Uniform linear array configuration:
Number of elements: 48
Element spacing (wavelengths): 0.25
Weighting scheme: cosine
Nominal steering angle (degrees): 60
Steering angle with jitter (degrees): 58.49
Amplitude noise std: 0.05
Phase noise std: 0.05

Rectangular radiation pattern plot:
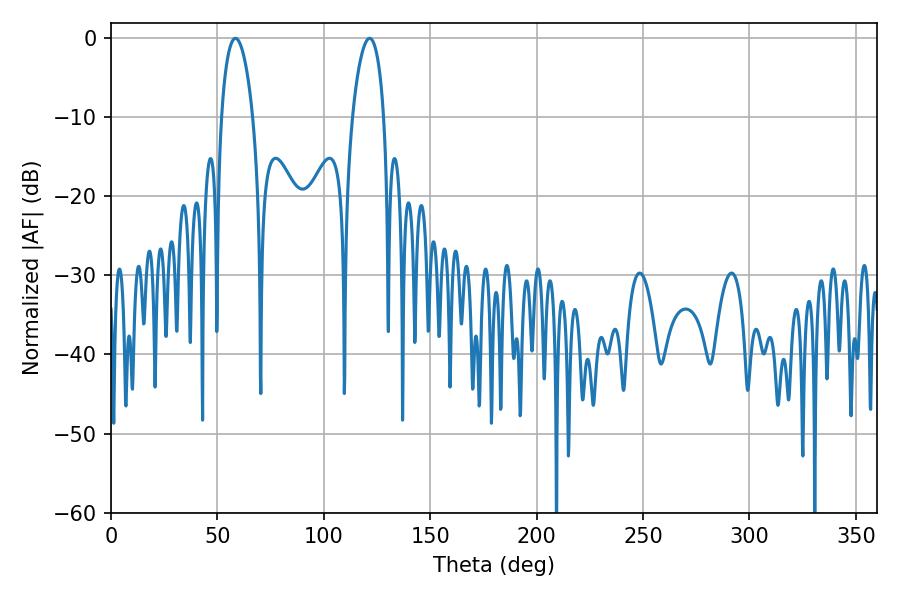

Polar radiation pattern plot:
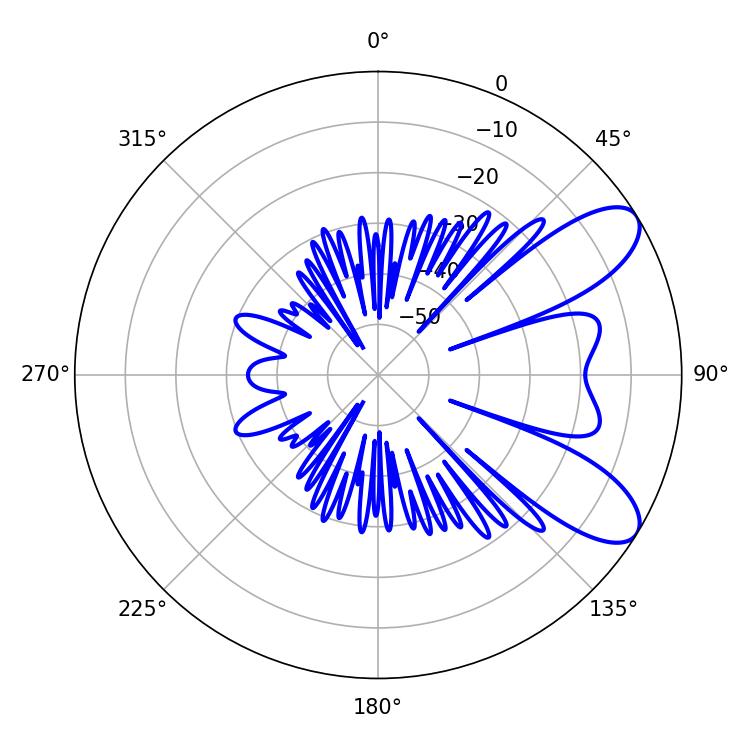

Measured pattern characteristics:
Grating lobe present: FALSE
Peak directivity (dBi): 8.557
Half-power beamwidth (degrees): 8.46
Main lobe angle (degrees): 58.5